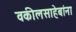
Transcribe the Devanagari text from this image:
वकीलसाहेबांना